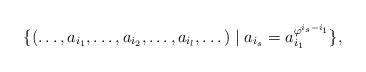
LaTeX: \begin{gather*}\{(\dots , a_{i_1}, \dots , a_{i_2}, \dots , a_{i_l},\dots )\mid a_{i_s}=a_{i_1}^{\varphi ^{i_s-i_1}}\},\end{gather*}